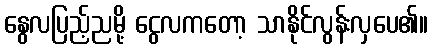
နွေလပြည့်ညမို့ ငွေလကတော့ သာနိုင်လွန်းလှပေ၏။